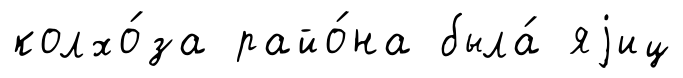
колхо́за райо́на была́ яjиц